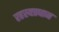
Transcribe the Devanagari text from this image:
रहस्यप्रधान